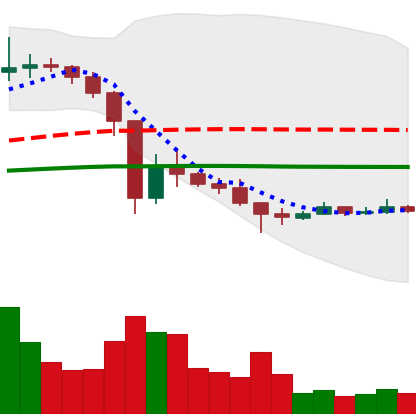
Ticker: XRP-USD
Chart end date: 2021-01-05
Forward return: 40.391%
Label: up_7plus